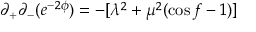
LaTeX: \partial _ { + } \partial _ { - } ( e ^ { - 2 \phi } ) = - [ \lambda ^ { 2 } + \mu ^ { 2 } ( \cos f - 1 ) ]